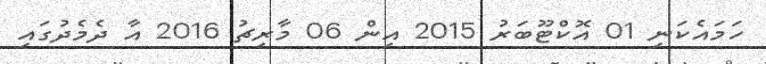
ހަމައެކަނި 01 އޮކްޓޫބަރު 2015 އިން 06 މާރިޗު 2016 އާ ދެމެދުގައި